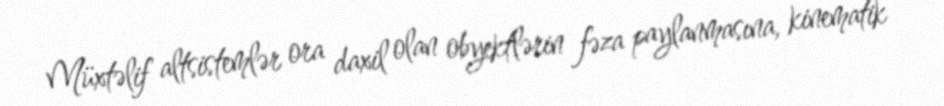
Müxtəlif altsistemlər ora daxil olan obyektlərin fəza paylanmasına, kinematik